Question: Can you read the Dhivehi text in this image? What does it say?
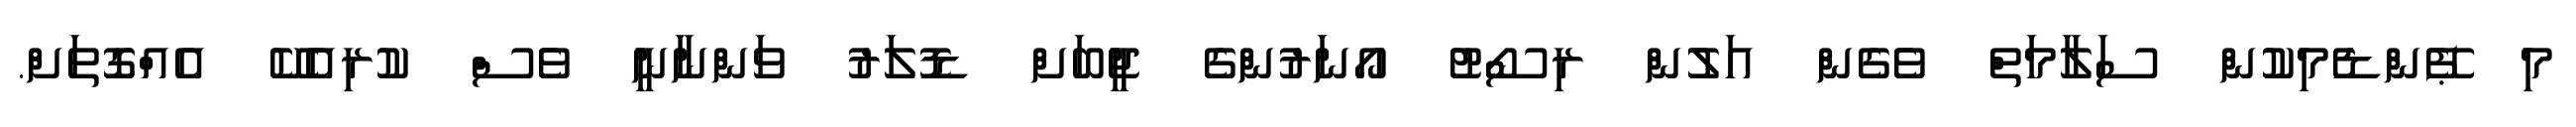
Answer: މި ޕޭންޑެމިކުން ސަލާމަތް ވެގެން އަލުން ރިސޯޓު އޯނަރުންގެ ޖީބަށް ޑޮލަރު ވަންނާނީ ވެސް ކުރިއެކޭ އެއްގޮތަށް.